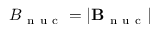
{ B } _ { \mathrm { ~ n ~ u ~ c ~ } } = | \mathbf { B } _ { \mathrm { ~ n ~ u ~ c ~ } } |